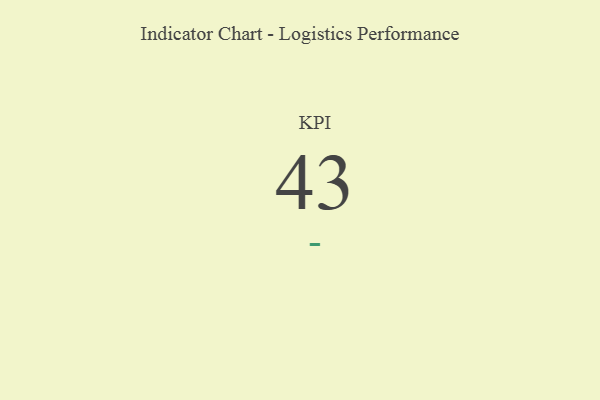
{"axis": {"x": "KPI", "y": "Value"}, "legend": [""], "data": [{"x": "KPI", "y": 43, "type": ""}]}